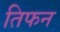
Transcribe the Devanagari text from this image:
तिफन